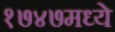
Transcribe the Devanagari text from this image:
१७४७मध्ये